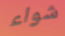
شواء